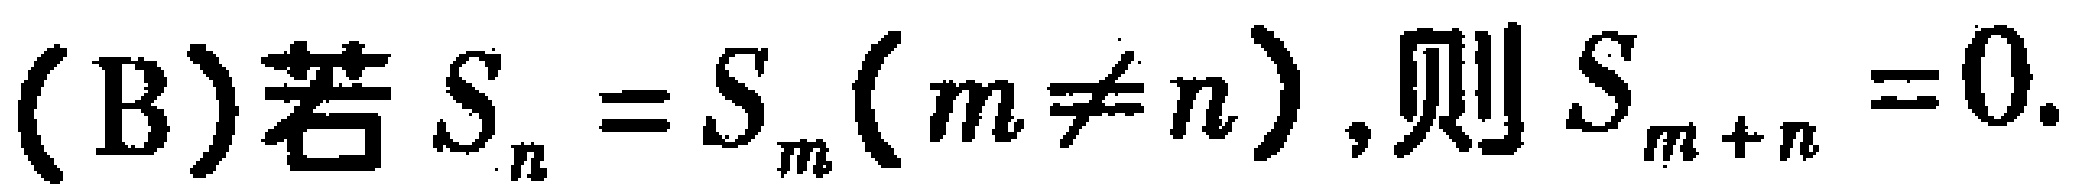
(B)若$S_{n}=S_{m}(m\neq n)$,则$S_{m + n}=0$.